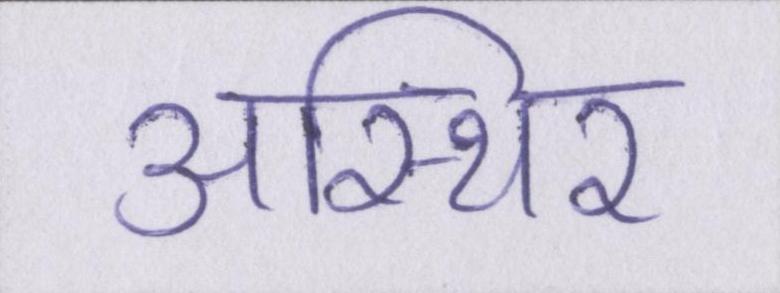
अस्थिर